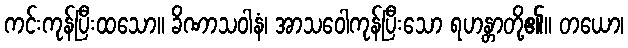
ကင်းကုန်ပြီးထသော။ ခိဏာသဝါနံ၊ အာသဝေါကုန်ပြီးသော ရဟန္တာတို့၏။ တယော၊